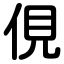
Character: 俔